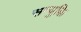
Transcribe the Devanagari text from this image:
सन्युक्ति